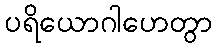
ပရိယောဂါဟေတွာ